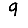
Digit: 9